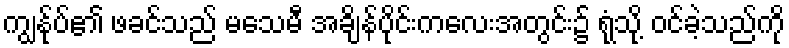
ကျွန်ုပ်၏ ဖခင်သည် မသေမီ အချိန်ပိုင်းကလေးအတွင်း၌ ရုံသို့ ဝင်ခဲ့သည်ကို